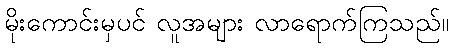
မိုးကောင်းမှပင် လူအများ လာရောက်ကြသည်။